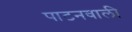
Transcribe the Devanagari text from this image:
पाटनवाली